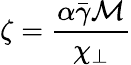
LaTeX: \zeta=\frac{\alpha\bar{\gamma}\mathcal{M}}{\chi_{\perp}}